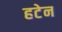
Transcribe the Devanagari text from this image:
हटेन